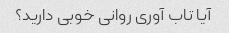
آیا تاب آوری روانی خوبی دارید؟